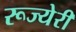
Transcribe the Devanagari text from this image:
रूज्येरी